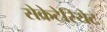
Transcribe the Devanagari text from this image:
सेक्रेटेरियेट